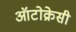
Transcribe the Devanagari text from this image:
ऑटोक्रेसी